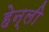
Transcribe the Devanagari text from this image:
हेन्ली